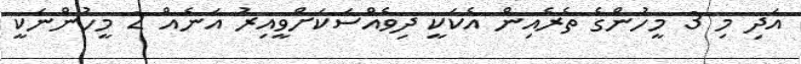
އަދި މި 3 މީހުންގެ ތެރެއިން އެކަކީ ދިވެއްސަކަށްވީއިރު އަނެއް 2 މީހުންނަކީ